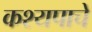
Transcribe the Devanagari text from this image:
कश्यपाचे